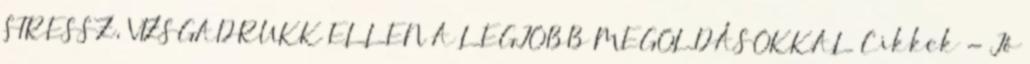
STRESSZ, VIZSGADRUKK ELLEN A LEGJOBB MEGOLDÁSOKKAL Cikkek - Jó